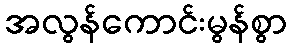
အလွန်ကောင်းမွန်စွာ